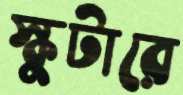
স্কুটারে